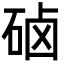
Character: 硵